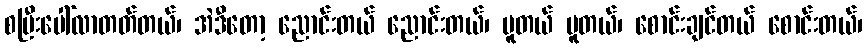
စပြီးပေါ်လာတတ်တယ်၊ အဲဒီတော့ ညောင်းတယ် ညောင်းတယ်၊ ပူတယ် ပူတယ်၊ စောင်းချင်တယ် စောင်းတယ်၊